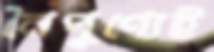
নৈপুণ্যেই